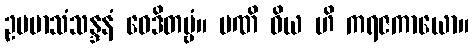
ဥပမာသံသန္ဒနံ ဝေဒိတဗ္ဗံ။ မဏိ ဝိယ ဟိ ကရဇကာယော။